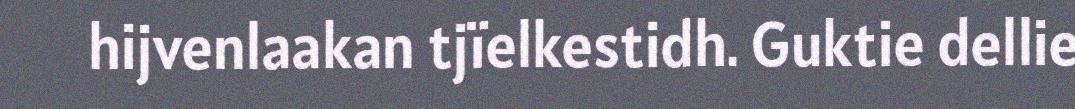
hijvenlaakan tjïelkestidh. Guktie dellie